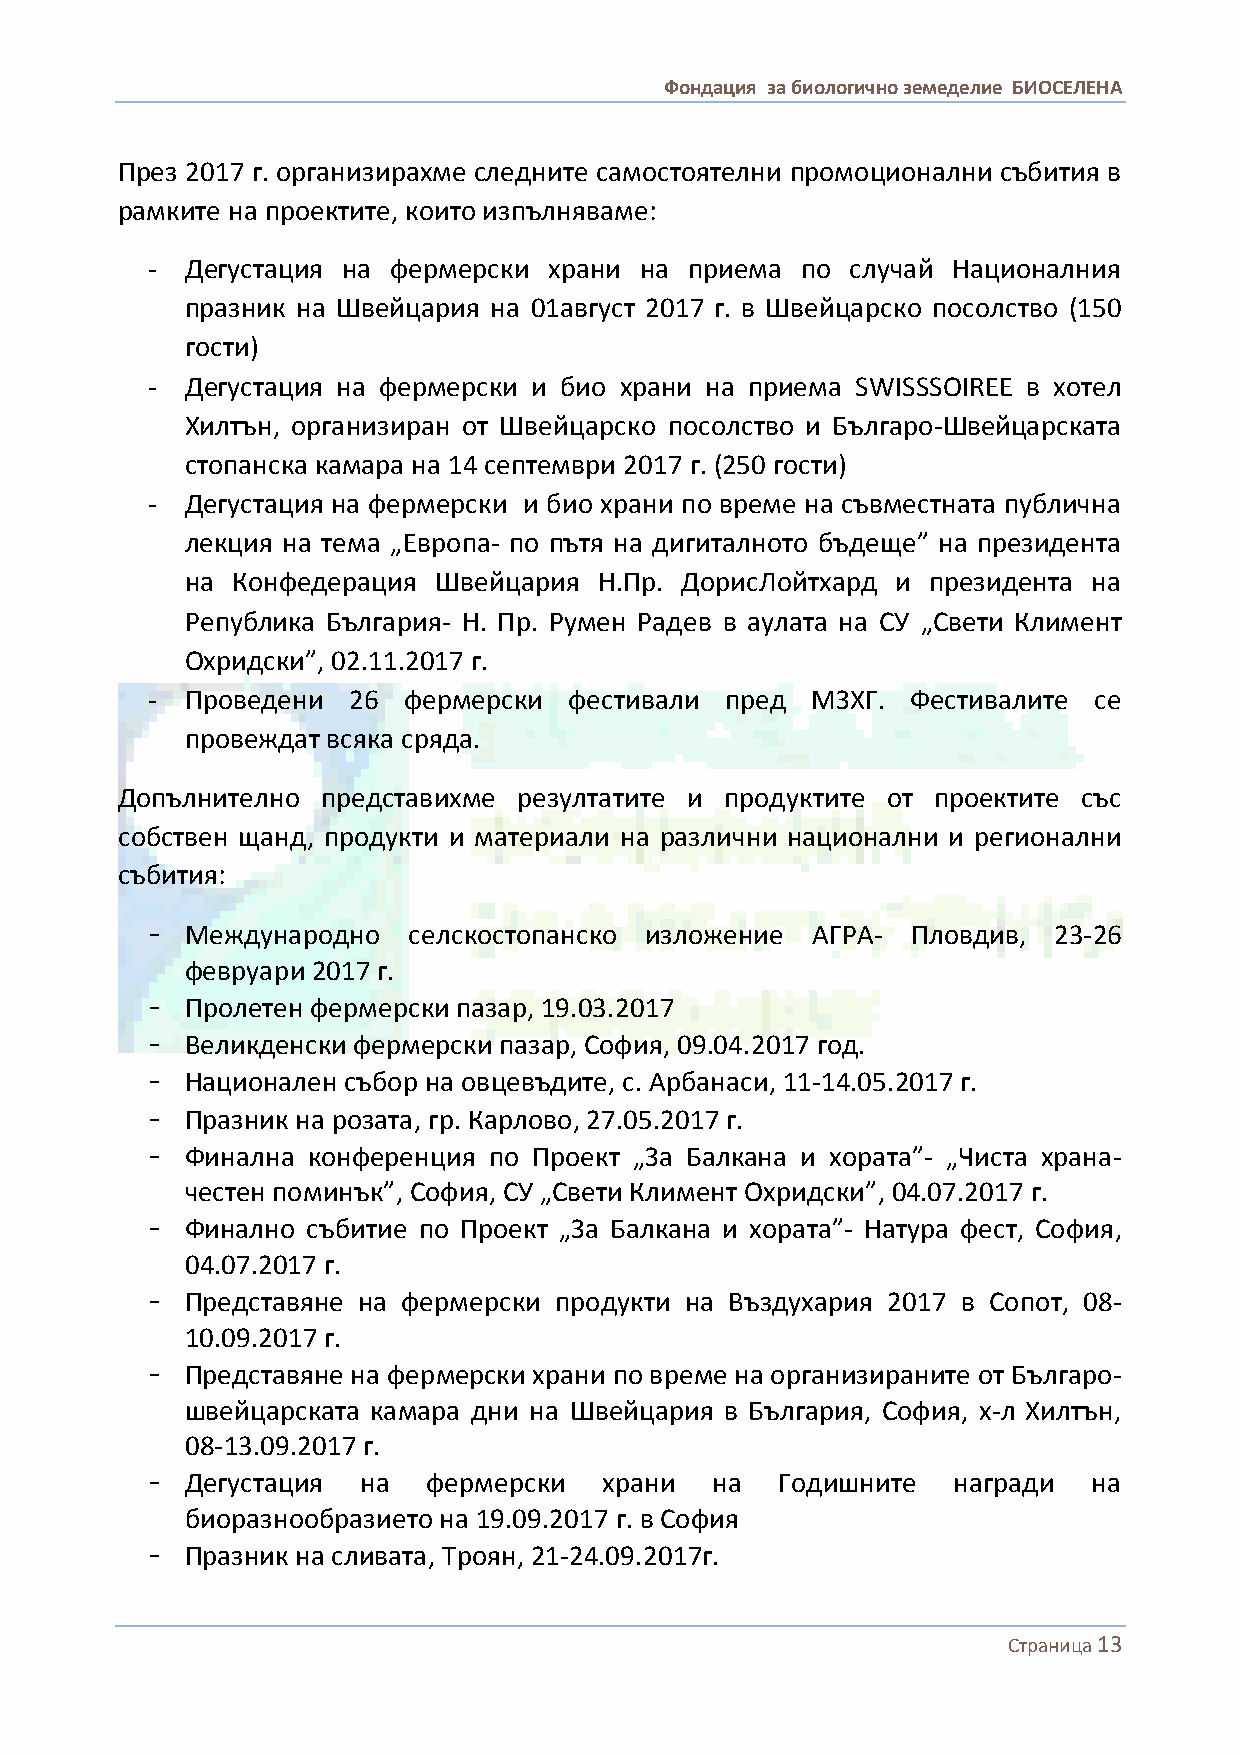
Фондация за биологично земеделие БИОСЕЛЕНА
 През 2017 г. организирахме следните самостоятелни промоционални събития в
 рамките на проектите, които изпълняваме:
 - Дегустация на фермерски храни на  приема по случай Националния
 празник на Швейцария на 01август 2017 г. в Швейцарско посолство (150
 гости)
 - Дегустация на фермерски и био храни на приема SWISSSOIREE в хотел
 Хилтън, организиран от Швейцарско посолство и Българо-Швейцарската
 стопанска камара на 14 септември 2017 г. (250 гости)
 - Дегустация на фермерски и био храни по време на съвместната публична
 лекция на тема „Европа- по пътя на дигиталното бъдеще” на президента
 на Конфедерация  Швейцария  Н.Пр. ДорисЛойтхард и президента на
 Република България- Н. Пр. Румен Радев в аулата на СУ „Свети Климент
 Охридски”, 02.11.2017 г.
 - Проведени  26  фермерски  фестивали пред  МЗХГ. Фестивалите се
 провеждат всяка сряда.
 Допълнително представихме резултатите и продуктите от проектите със
 собствен щанд, продукти и материали на различни национални и регионални
 събития:
 - Международно   селскостопанско изложение  АГРА- Пловдив,  23-26
 февруари 2017 г.
 - Пролетен фермерски пазар, 19.03.2017
 - Великденски фермерски пазар, София, 09.04.2017 год.
 - Национален събор на овцевъдите, с. Арбанаси, 11-14.05.2017 г.
 - Празник на розата, гр. Карлово, 27.05.2017 г.
 - Финална конференция по Проект „За Балкана и хората”- „Чиста храна-
 честен поминък”, София, СУ „Свети Климент Охридски”, 04.07.2017 г.
 - Финално събитие по Проект „За Балкана и хората”- Натура фест, София,
 04.07.2017 г.
 - Представяне на фермерски продукти на Въздухария 2017 в Сопот, 08-
 10.09.2017 г.
 - Представяне на фермерски храни по време на организираните от Българо-
 швейцарската камара дни на Швейцария в България, София, х-л Хилтън,
 08-13.09.2017 г.
 - Дегустация  на  фермерски   храни  на   Годишните  награди  на
 биоразнообразието на 19.09.2017 г. в София
 - Празник на сливата, Троян, 21-24.09.2017г.
 Страница 13